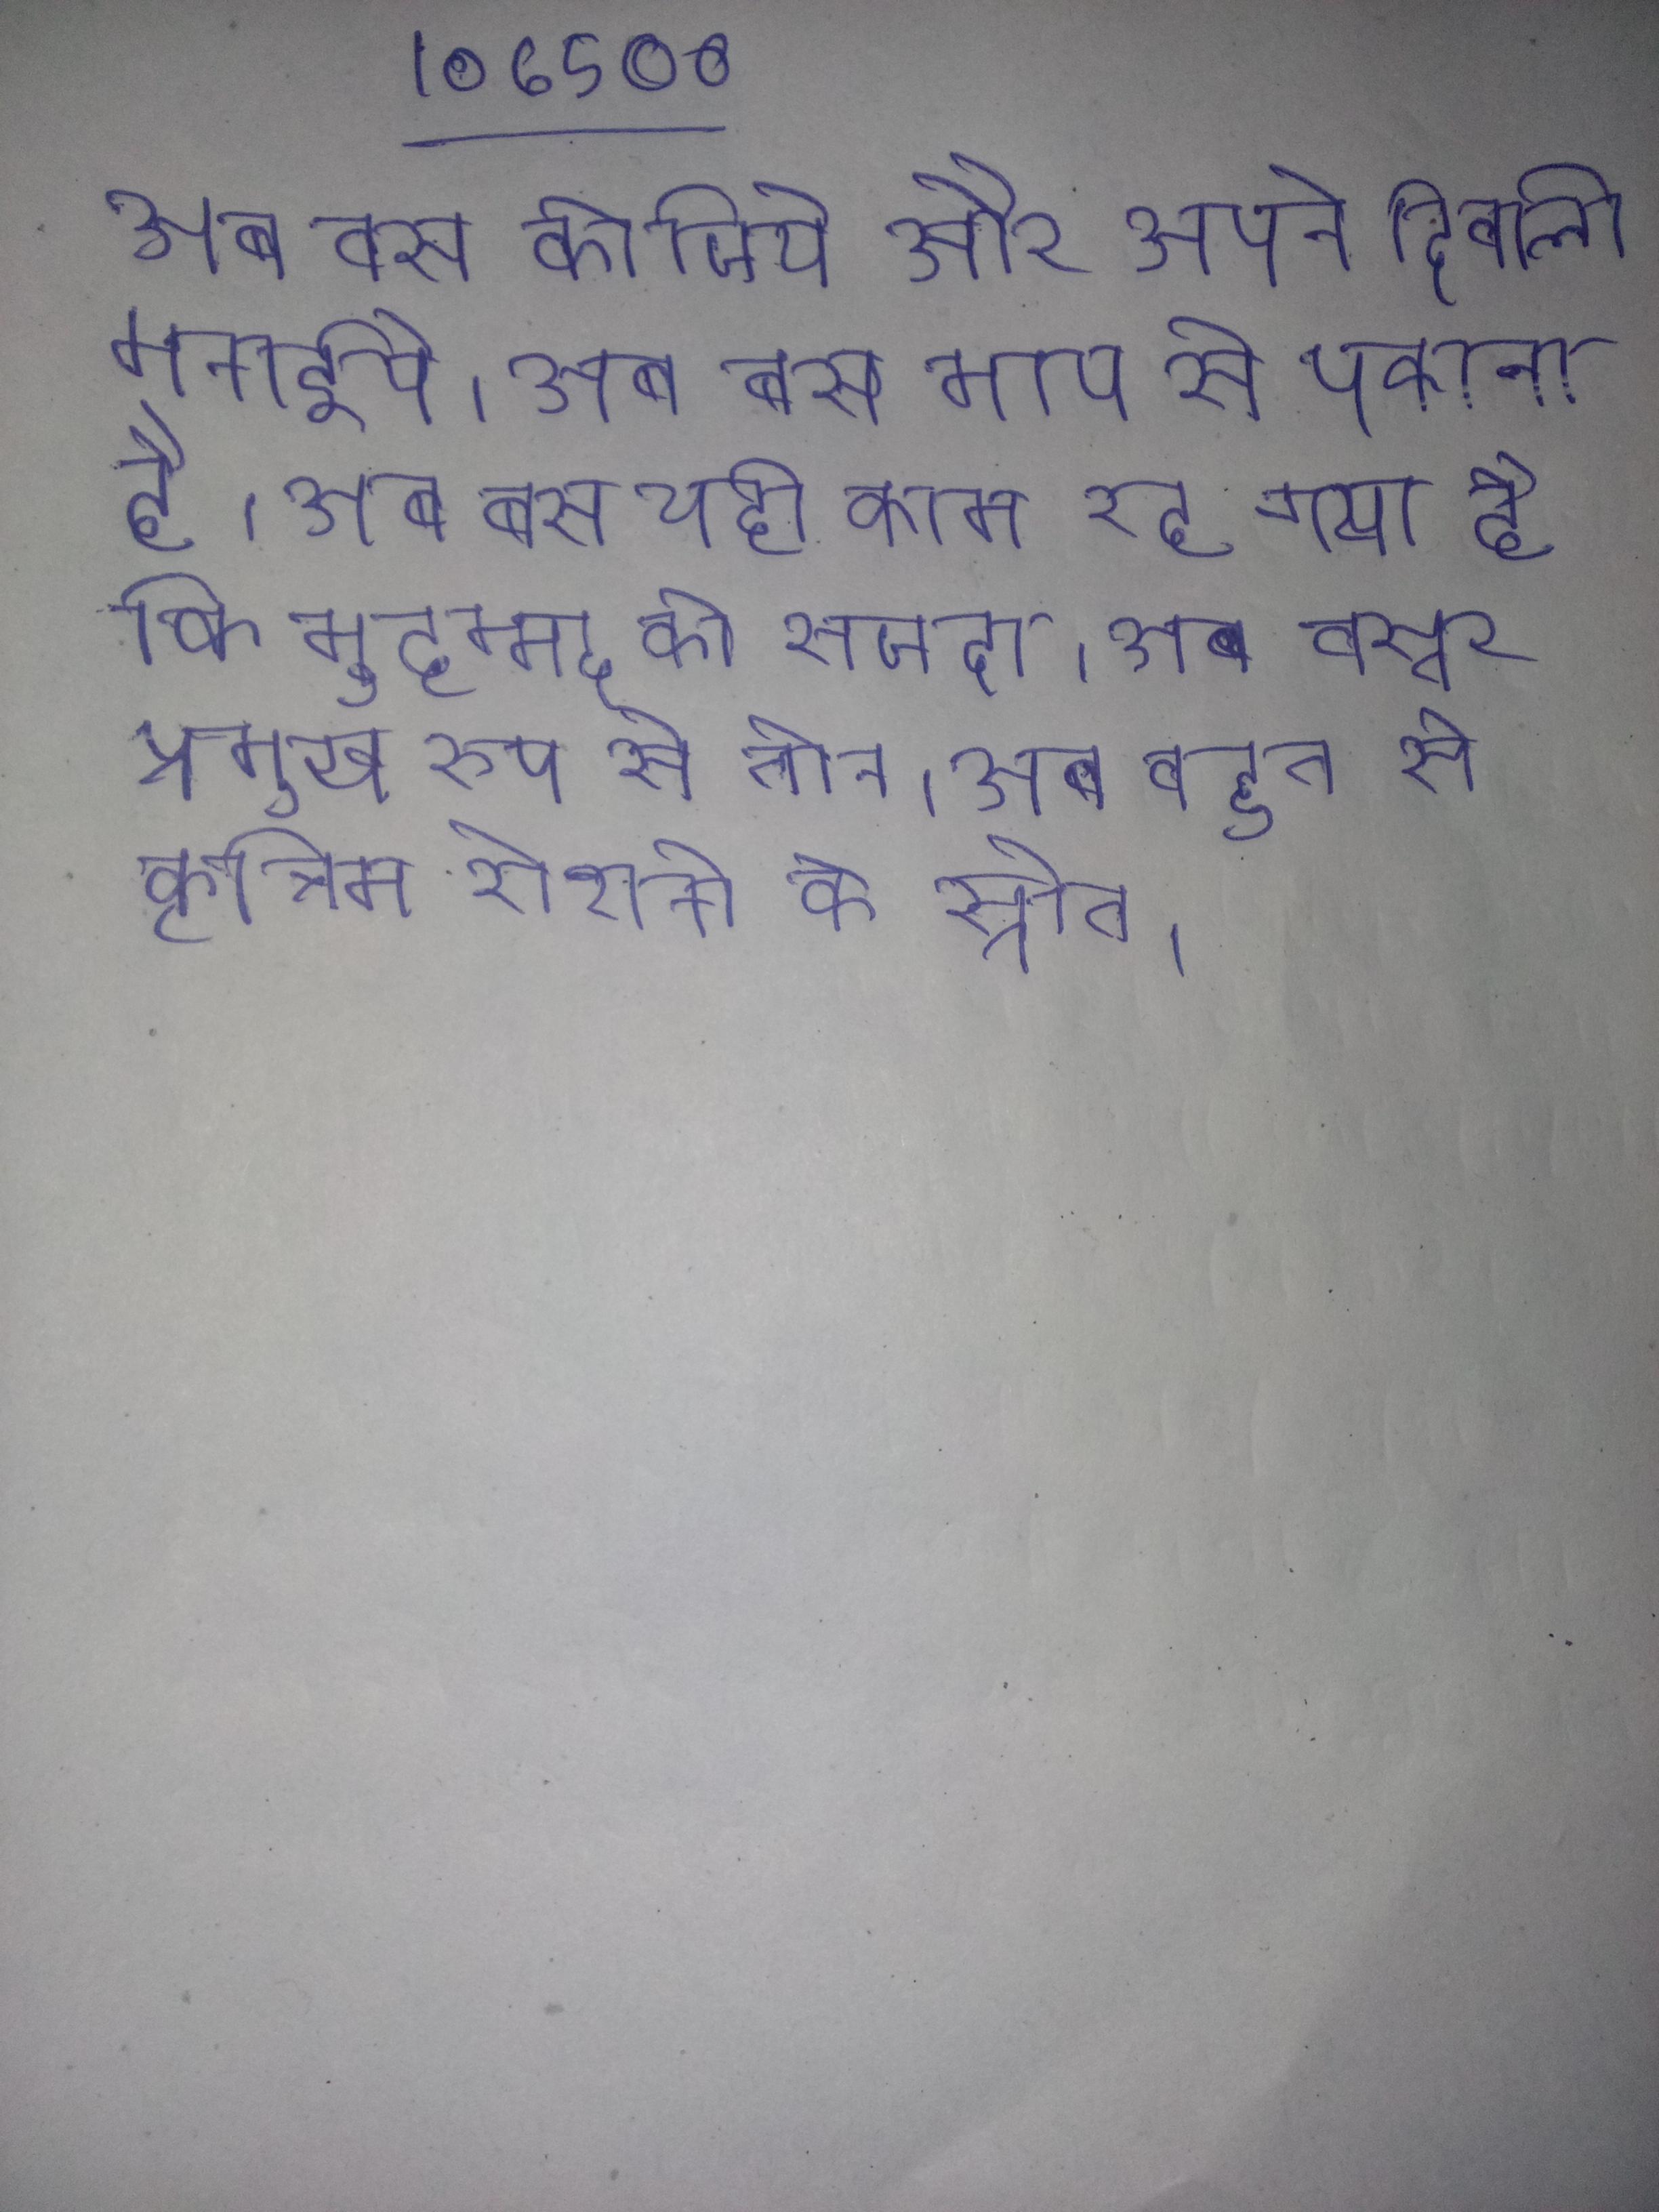
अब बस कीजिये और अपने दिवाली मनाईये । अब बस भाप से पकाना है । अब बस यही काम रह गया है कि मुहम्मद को सजदा । अब बस्तर प्रमुख रूप से तीन । अब बहुत से कृत्रिम रोशनी के स्रोत ।